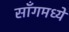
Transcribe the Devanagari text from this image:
साँगमध्ये